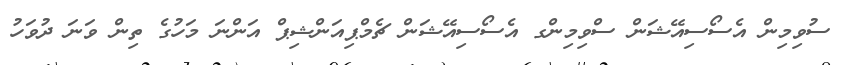
ސުވިމިން އެސޯސިއޭޝަން ސްވިމިންގ އެސޯސިއޭޝަން ޗެމްޕިއަންޝިޕް އަންނަ މަހުގެ ތިން ވަނަ ދުވަހު